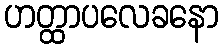
ဟတ္ထာပလေခနော